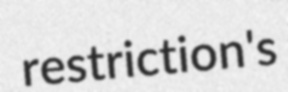
restriction's